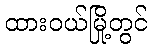
ထားဝယ်မြို့တွင်